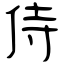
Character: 侍